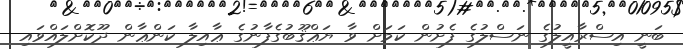
ބަނީ އިސްރާއީލުގެ ނަސްލުގެ ފެށުން ކަމަށް ވާ ޔަޢްޤޫބުގެފާނުގެ ޢާއިލާ ކަންޢާން ދޫކޮށްލައްވައި